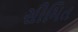
સીમિત